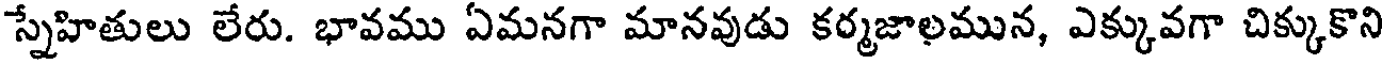
స్నేహితులు లేరు. భావము ఏమనగా మానవుడు కర్మజాలమున, ఎక్కువగా చిక్కుకొని